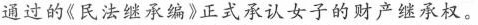
通过的《民法继承编》正式承认女子的财产继承权。